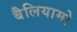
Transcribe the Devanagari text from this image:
बैलियामो